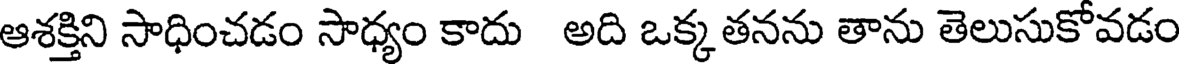
ఆశక్తిని సాధించడం సాధ్యం కాదు అది ఒక్క తనను తాను తెలుసుకోవడం